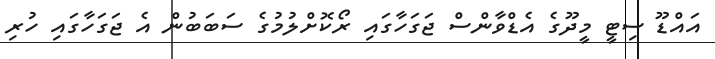
އައްޑޫ ސިޓީ މީދޫގެ އެޑްވާންސް ޖަގަހާގައި ރޯކޮށްލުމުގެ ސަބަބުން އެ ޖަގަހާގައި ހުރި